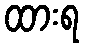
ထားရ